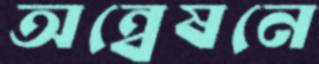
অন্বেষনে